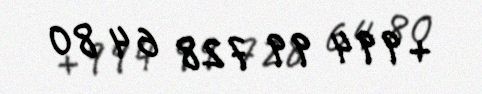
+994 99 728 64 80